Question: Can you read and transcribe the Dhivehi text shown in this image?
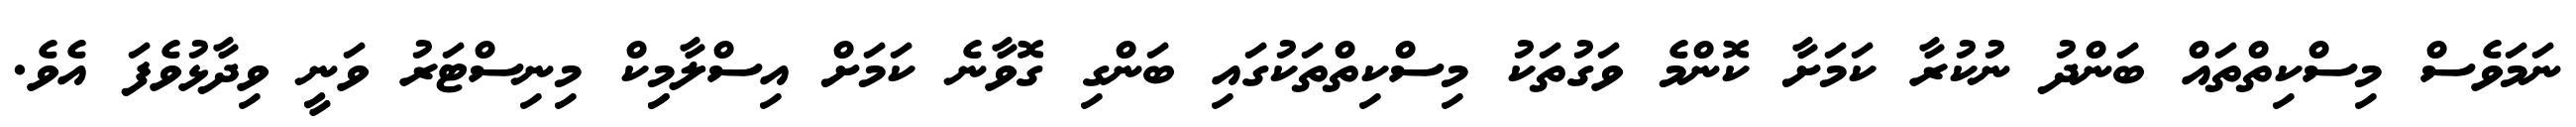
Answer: ނަމަވެސް މިސްކިތްތައް ބަންދު ނުކުރާ ކަމަށާ ކޮންމެ ވަގުތަކު މިސްކިތްތަކުގައި ބަންގި ގޮވާނެ ކަމަށް އިސްލާމިިކް މިނިސްޓަރު ވަނީ ވިދާޅުވެފަ އެވެ.